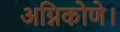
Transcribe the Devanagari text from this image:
अग्निकोणे।